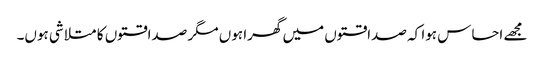
مجھے احساس ہوا کہ صداقتوں میں گھرا ہوں مگر صداقتوں کا متلاشی ہوں۔